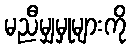
မညီမျှမှုများကို